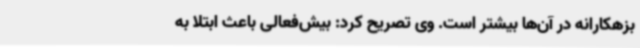
بزهکارانه در آن‌ها بیشتر است. وی تصریح کرد: بیش‌فعالی باعث ابتلا به